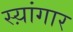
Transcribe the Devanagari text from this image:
स्य़ांगार